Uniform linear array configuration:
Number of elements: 12
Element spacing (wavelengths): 1
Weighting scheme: cosine
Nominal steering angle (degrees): -45
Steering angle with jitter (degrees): -43.469
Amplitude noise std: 0.05
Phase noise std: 0.05

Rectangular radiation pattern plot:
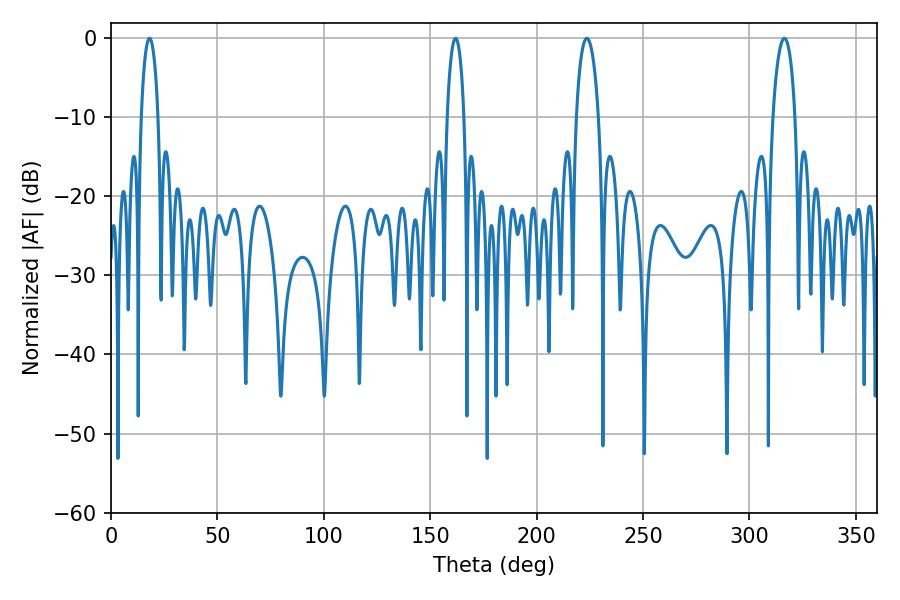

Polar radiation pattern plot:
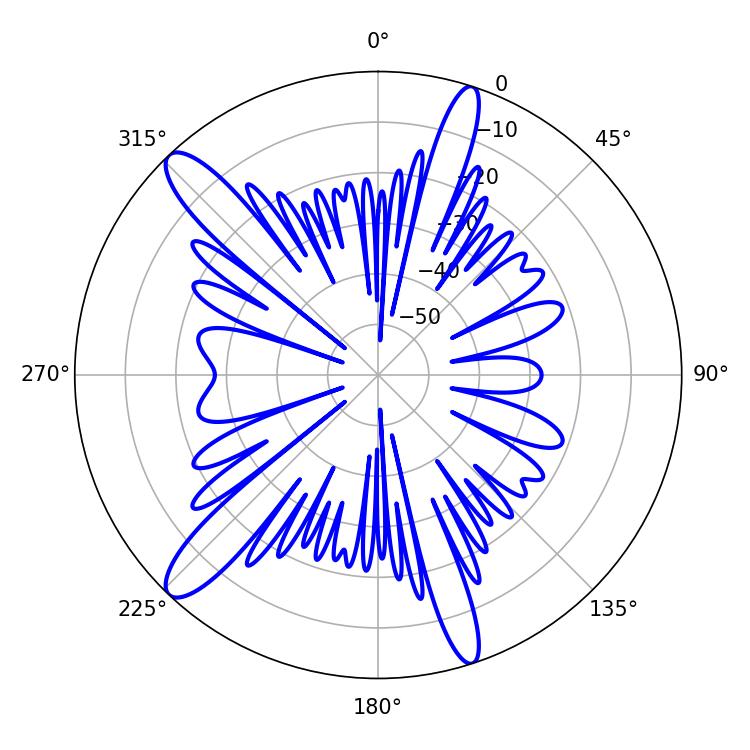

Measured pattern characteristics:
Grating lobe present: TRUE
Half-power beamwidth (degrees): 5.94
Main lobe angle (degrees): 223.56